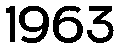
1963